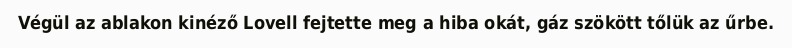
Végül az ablakon kinéző Lovell fejtette meg a hiba okát, gáz szökött tőlük az űrbe.